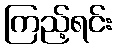
ကြည့်ရင်း